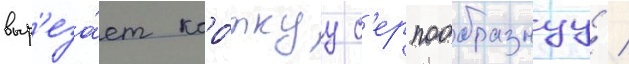
выр'еза́ет коро́ткуу с'ерпообразнуу /